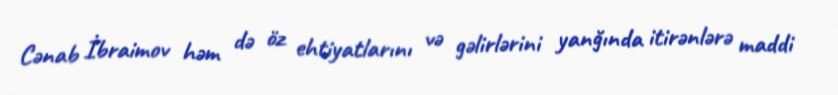
Cənab İbraimov həm də öz ehtiyatlarını və gəlirlərini yanğında itirənlərə maddi